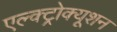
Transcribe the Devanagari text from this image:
एल्क्ट्रोक्यूशन